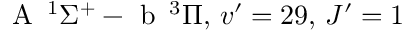
\textrm { A } \, ^ { 1 } \Sigma ^ { + } - \textrm { b } \, ^ { 3 } \Pi , \, v ^ { \prime } = 2 9 , \, J ^ { \prime } = 1